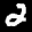
Label: 2